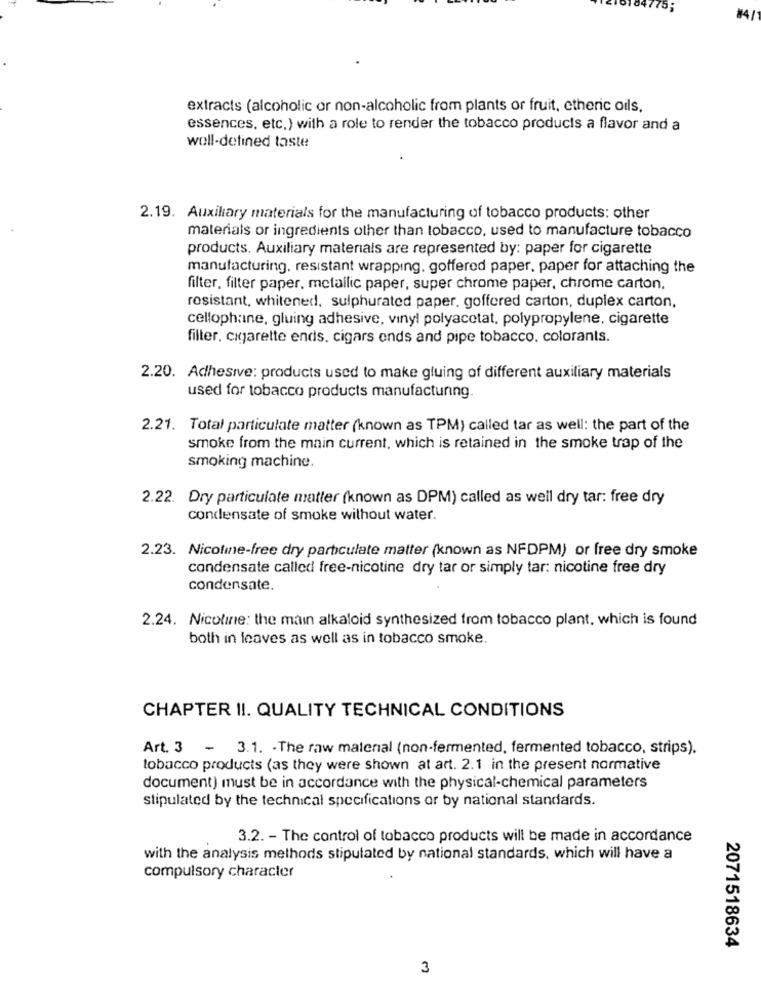
#41
extracts (alcoholic or non-alcoholic from plants or fruit, etheric oils,
essences, etc.) with a role to render the tobacco products a flavor and a
well-defined taste
2.19. Auxiliary materials for the manufacturing of tobacco products: other
materials or ingredients other than tobacco, used to manufacture tobacco
products. Auxiliary materials are represented by: paper for cigarette
manufacturing. resistant wrapping. goffered paper, paper for attaching the
filter, filter paper, metallic paper, super chrome paper, chrome carton,
resistant, whitened, sulphurated paper, goffered carton, duplex carton,
cellophane, gluing adhesive, vinyl polyacetat, polypropylene. cigarette
filter. cigarette ends. cigars ends and pipe tobacco. colorants.
2.20. Adhesive: products used to make gluing of different auxiliary materials
used for tobacco products manufacturing.
2.21. Total particulate matter (known as TPM) called tar as well: the part of the
smoke from the main current, which is retained in the smoke trap of the
smoking machine.
2.22. Dry particulate matter (known as DPM) called as well dry tar: free dry
condensate of smoke without water.
2.23. Nicoline-free dry particulate matter (known as NFDPM) or free dry smoke
condensate called free-nicotine dry tar or simply tar: nicotine free dry
condensate.
2.24. Nicotine: the main alkaloid synthesized from tobacco plant, which is found
both in leaves as well as in tobacco smoke.
CHAPTER II. QUALITY TECHNICAL CONDITIONS
Art. 3 - 3.1. . The raw material (non-fermented, fermented tobacco, strips).
tobacco products (as they were shown at art. 2.1 in the present normative
document) must be in accordance with the physical-chemical parameters
stipulated by the technical specifications or by national standards.
3.2. - The control of tobacco products will be made in accordance
with the analysis methods stipulated by national standards, which will have a
compulsory character
2071518634
3